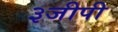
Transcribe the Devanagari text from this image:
३जीपी